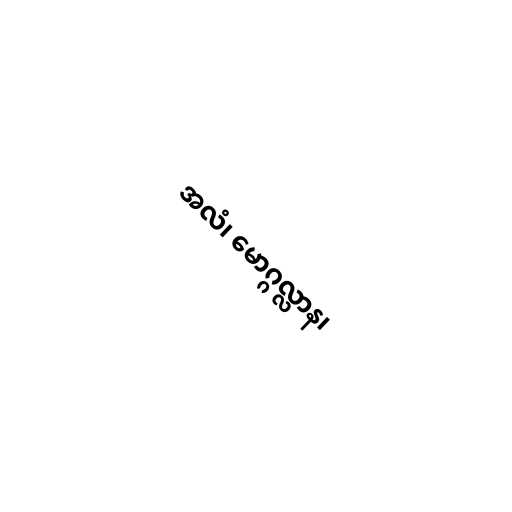
အလံ၊ မောဂ္ဂလ္လာန၊